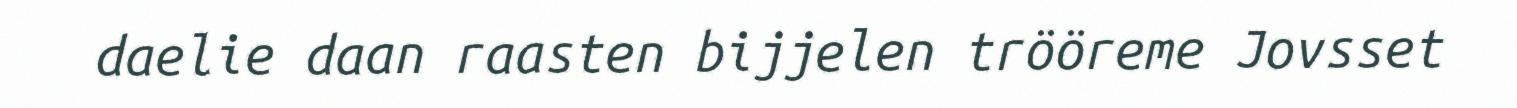
daelie daan raasten bijjelen trööreme Jovsset